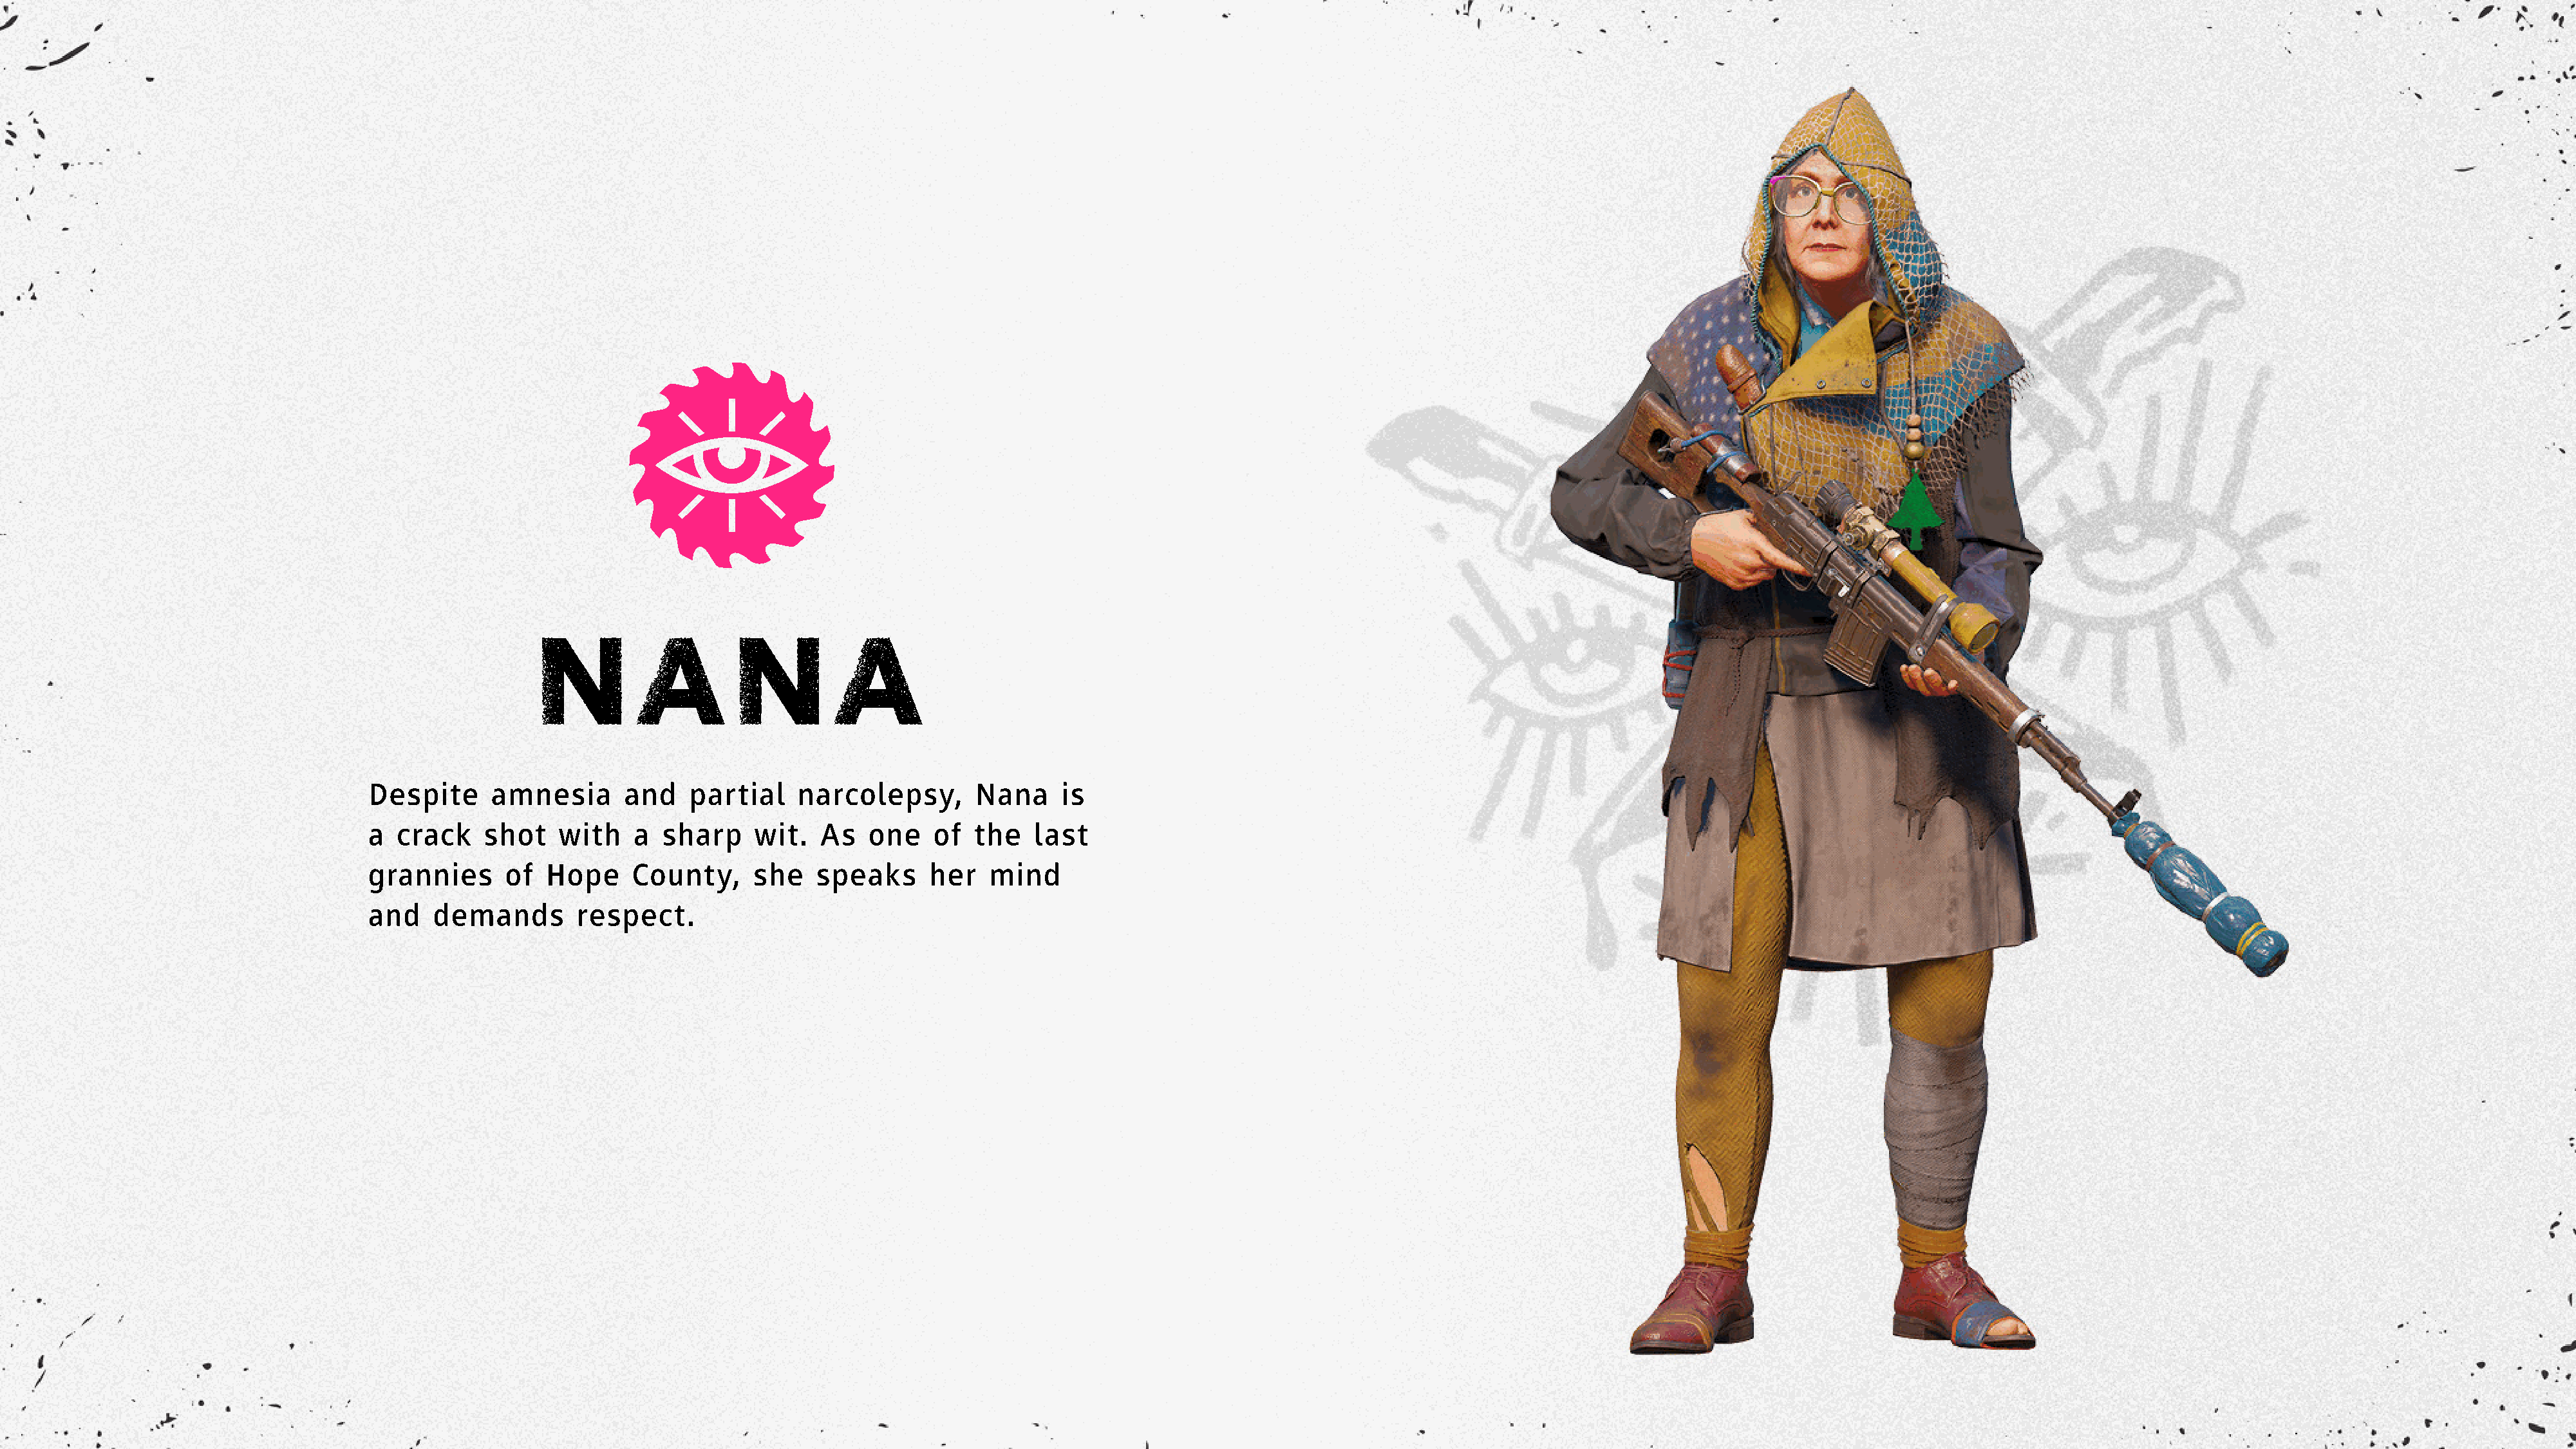
NANA
 Despite     amnesia       and    partial    narcolepsy,       Nana     is
 a  crack    shot   with    a  sharp     wit.  As   one    of  the   last
 grannies      of  Hope     County,     she    speaks      her   mind
 and    demands       respect.